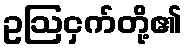
ဥဩငှက်တို့၏